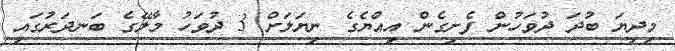
މިދިޔަ ބުދަ ދުވަހުން ފެށިގެން އިއްޔެގެ ނިޔަލަށް 3 ދުވަހު މާލޭގެ ބަނދަރުގައި